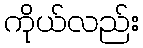
ကိုယ်လည်း